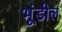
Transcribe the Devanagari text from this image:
भूंडोल